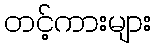
တင့်ကားများ